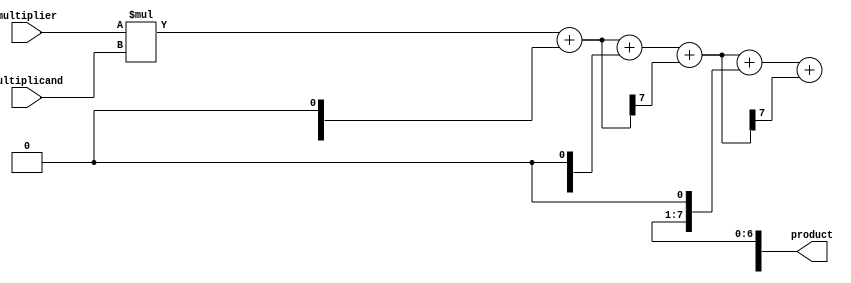
module Booth_Multiplier (
    input wire [7:0] multiplicand,
    input wire [7:0] multiplier,
    output reg [15:0] product
);

// Define internal wires
reg [15:0] partial_product [3:0];
reg [7:0] sum [2:0];

// Computation Blocks
// Stage 1
always @ (*) begin
    partial_product[0] = multiplier * {8'b0, multiplicand};
end

// Stage 2
always @ (*) begin
    sum[0] = partial_product[0][7:0] + (partial_product[1][15:8] << 1);
    partial_product[1] = {partial_product[1][15:8], sum[0]};
end

// Stage 3
always @ (*) begin
    sum[1] = partial_product[1][7:0] + (partial_product[2][15:8] << 1) + sum[0][7];
    partial_product[2] = {partial_product[2][15:8], sum[1]};
end

// Stage 4
always @ (*) begin
    sum[2] = partial_product[2][7:0] + (partial_product[3][15:8] << 1) + sum[1][7];
    product = {sum[2], partial_product[3][15:8]};
end

endmodule